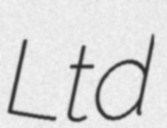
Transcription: Ltd